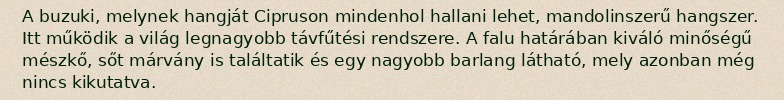
A buzuki, melynek hangját Cipruson mindenhol hallani lehet, mandolinszerű hangszer. Itt működik a világ legnagyobb távfűtési rendszere. A falu határában kiváló minőségű mészkő, sőt márvány is találtatik és egy nagyobb barlang látható, mely azonban még nincs kikutatva.